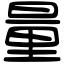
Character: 量